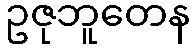
ဥဇုဘူတေန